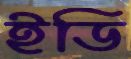
ইডি